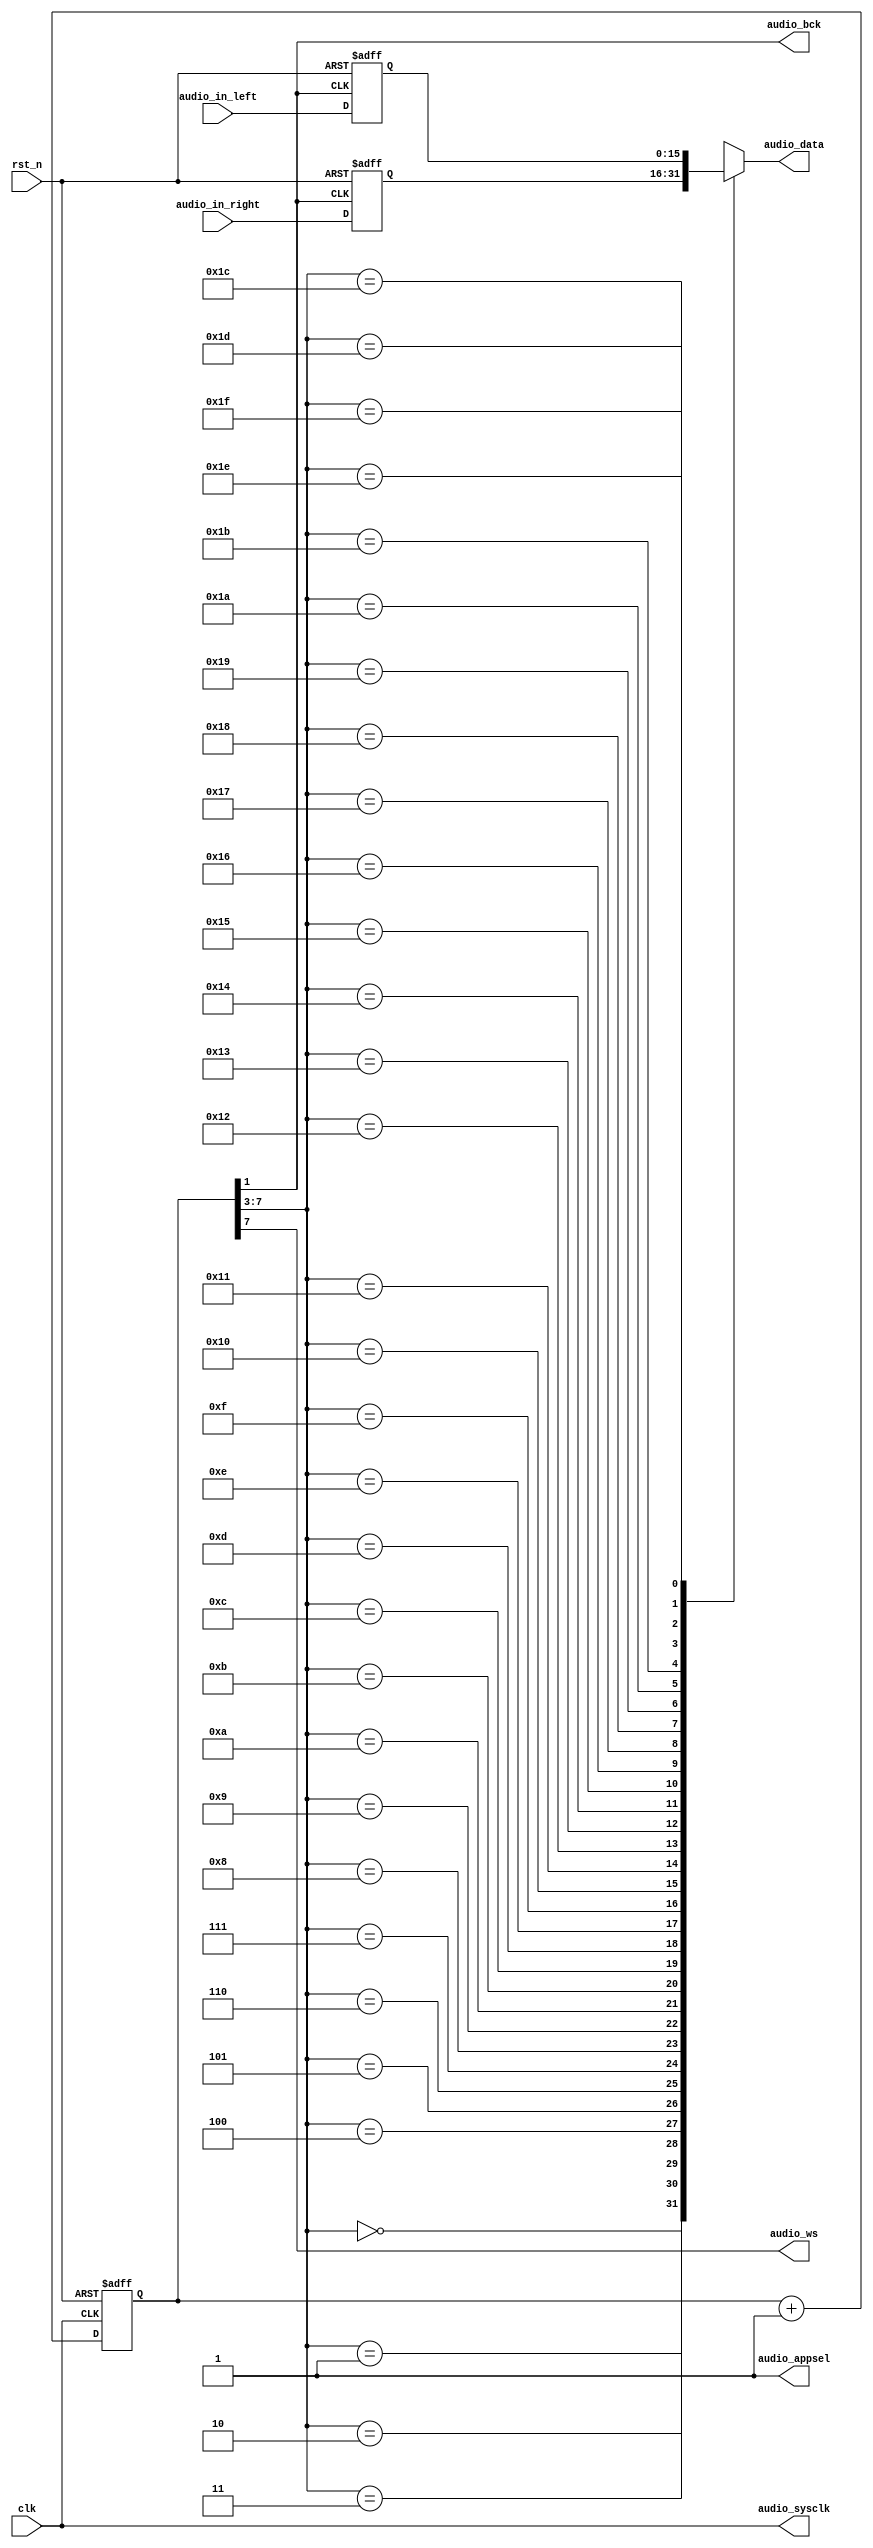
`timescale 1ns / 1ps
//////////////////////////////////////////////////////////////////////////////////
// Company: 
// Engineer: 
// 
// Design Name: 
// Module Name:    buzzer_control 
// Project Name: 
// Target Devices: 
// Tool versions: 
// Description: 
//
// Dependencies: 
//
// Revision: 
// Revision 0.01 - File Created
// Additional Comments: 
//
//////////////////////////////////////////////////////////////////////////////////
// Generate the five control signals so that the buzzer may produce sound of a specific frequence and amplitude.
// In version 2, the frequencies of audio_bck (10MHz) and audio_ws (5/32) differ by 64 times.
module buzzer_control(
  audio_appsel, // playing mode selection
  audio_sysclk, // control clock for DAC (from crystal)
  audio_bck, // bit clock of audio data (10MHz)
  audio_ws, // left/right parallel to serial control
  audio_data, // serial output audio data
  clk,  // clock from the crystal
  rst_n,  // active low reset
  audio_in_left, // left channel audio data input
  audio_in_right // right channel audio data input
);

// I/O declaration
	input clk;  	// clock from the crystal
	input rst_n;  // active low reset
	input [15:0] audio_in_left; 	// left channel audio data input
	input [15:0] audio_in_right; 	// right channel audio data input
	output audio_appsel; // playing mode selection
	output audio_sysclk; // control clock for DAC (from crystal)
	output audio_bck; 	// bit clock of audio data (10MHz)
	output audio_ws; 		// left/right parallel to serial control
	output audio_data; 	// serial output audio data
	reg audio_data;

// Declare internal signal nodes 
	wire [7:0] clk_cnt_next;
	reg [7:0] clk_cnt;
	reg [15:0] audio_left, audio_right;

// Set the audio controller stereo output
	assign audio_appsel = 1'b1;

// Counter for the clock divider
	assign clk_cnt_next = clk_cnt + 1'b1;

	always @(posedge clk or negedge rst_n) begin
	  if (~rst_n)
		 clk_cnt <= 8'd0;
	  else
		 clk_cnt <= clk_cnt_next;
	end
	
// Assign divided clock output
	assign audio_bck = clk_cnt[1];
	assign audio_ws = clk_cnt[7];
	assign audio_sysclk = clk;

// audio input data buffer
	always @(posedge audio_bck or negedge rst_n) begin
	  if (~rst_n) begin
		 audio_left <= 16'd0;
		 audio_right <= 16'd0;
	  end
	  else begin
		 audio_left <= audio_in_left;
		 audio_right <= audio_in_right;
	  end
	end

	always @(*) begin
		case(clk_cnt[7:3])
			5'b00000: audio_data = audio_right[15];
			5'b00001: audio_data = audio_right[14];
			5'b00010: audio_data = audio_right[13];
			5'b00011: audio_data = audio_right[12];
			5'b00100: audio_data = audio_right[11];
			5'b00101: audio_data = audio_right[10];
			5'b00110: audio_data = audio_right[9];
			5'b00111: audio_data = audio_right[8];
			5'b01000: audio_data = audio_right[7];
			5'b01001: audio_data = audio_right[6];
			5'b01010: audio_data = audio_right[5];
			5'b01011: audio_data = audio_right[4];
			5'b01100: audio_data = audio_right[3];
			5'b01101: audio_data = audio_right[2];
			5'b01110: audio_data = audio_right[1];
			5'b01111: audio_data = audio_right[0];
			5'b10000: audio_data = audio_left[15];
			5'b10001: audio_data = audio_left[14];
			5'b10010: audio_data = audio_left[13];
			5'b10011: audio_data = audio_left[12];
			5'b10100: audio_data = audio_left[11];
			5'b10101: audio_data = audio_left[10];
			5'b10110: audio_data = audio_left[9];
			5'b10111: audio_data = audio_left[8];
			5'b11000: audio_data = audio_left[7];
			5'b11001: audio_data = audio_left[6];
			5'b11010: audio_data = audio_left[5];
			5'b11011: audio_data = audio_left[4];
			5'b11100: audio_data = audio_left[3];
			5'b11101: audio_data = audio_left[2];
			5'b11110: audio_data = audio_left[1];
			5'b11111: audio_data = audio_left[0];
			default: audio_data = 1'b0;
		endcase
	end

endmodule